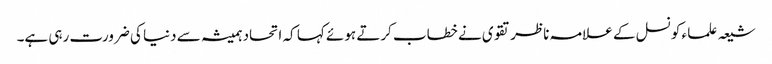
شیعہ علما ء کونسل کے علامہ ناظر تقوی نے خطاب کرتے ہوئے کہا کہ اتحاد ہمیشہ سے دنیا کی ضرورت رہی ہے۔